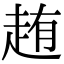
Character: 䞥